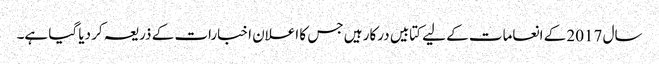
سال 2017 کے انعامات کے لیے کتابیں درکار ہیں جس کا اعلان اخبارات کے ذریعہ کر دیا گیا ہے۔